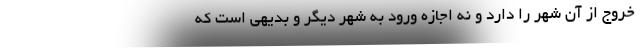
خروج از آن شهر را دارد و نه اجازه ورود به شهر دیگر و بدیهی است که